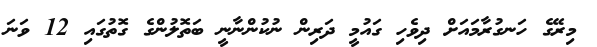
މިރޭގެ ހަނގުރާމައަށް ދިވެހި ގައުމީ ދަރިން ނުކުންނާނީ ބަތޮލުންގެ ގޮތުގައި 12 ވަނަ